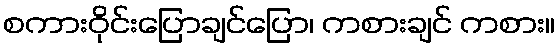
စကားဝိုင်းပြောချင်ပြော၊ ကစားချင် ကစား။